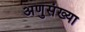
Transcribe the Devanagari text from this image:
अणुसंख्या